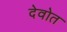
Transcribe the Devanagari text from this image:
देवोत